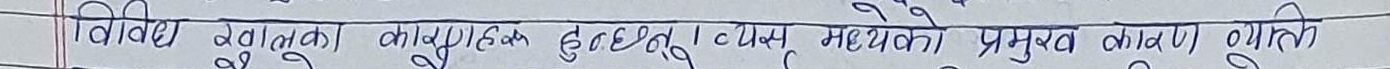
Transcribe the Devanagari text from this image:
विभिन्न बालुका कारण हुदाँ त्यस मध्येको प्रमुख कारण व्लिति